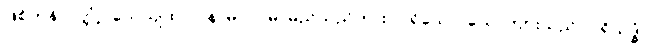
ဖြစ်ကုန်လတ္တံ့။ သေယျထာပိ နာမ၊ ဥပမာမည်သည်ကား။ ပုရိသော၊ ယောကျ်ားသည်။ ပရိသုဒ္ဓံ၊